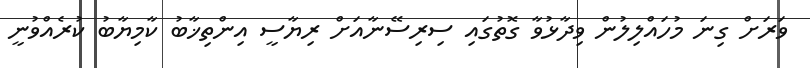
ވަރަށް ގިނަ މުހައްލިލުން ވިދާޅުވާ ގޮތުގައި ސިރިސޭނާއަށް ރިޔާސީ އިންތިޚާބު ކާމިޔާބު ކުރެއްވުނީ